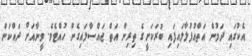
އެކުގައި ދަމުން އަތްއުފުލާލައިފައި ބުރަކަށީގެ ތިރިން އަތް ޖައްސާލައިގެން ހުއްޓެވެ. ވީނާއަށް ދައްކަން